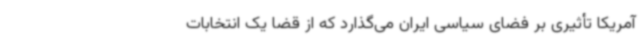
آمریکا تأثیری بر فضای سیاسی ایران می‌گذارد که از قضا یک انتخابات